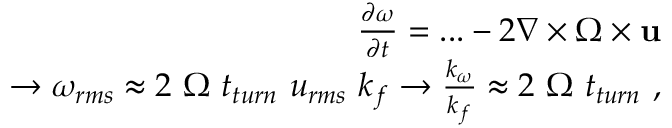
\begin{array} { r l r } & { } & { \frac { \partial \boldsymbol { \omega } } { \partial t } = . . . - 2 \nabla \times \boldsymbol { \Omega } \times \mathbf { u } } \\ & { } & { \rightarrow \omega _ { r m s } \approx 2 ~ \Omega ~ t _ { t u r n } ~ u _ { r m s } ~ k _ { f } \rightarrow \frac { k _ { \omega } } { k _ { f } } \approx 2 ~ \Omega ~ t _ { t u r n } ~ , } \end{array}